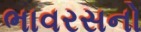
ભાવરસનો